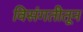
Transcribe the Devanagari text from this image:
विसंगतीतून